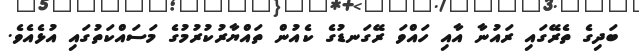
ބަދިގެ ތެރޭގައި ރައުނާ އާއި ހައްވަ ރޭގަނޑުގެ ކެއުން ތައްޔާރުކުރުމުގެ މަސައްކަތުގައި އުޅެއެވެ.